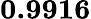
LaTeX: \boldsymbol{0.9916}